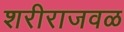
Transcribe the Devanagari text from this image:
शरीराजवळ